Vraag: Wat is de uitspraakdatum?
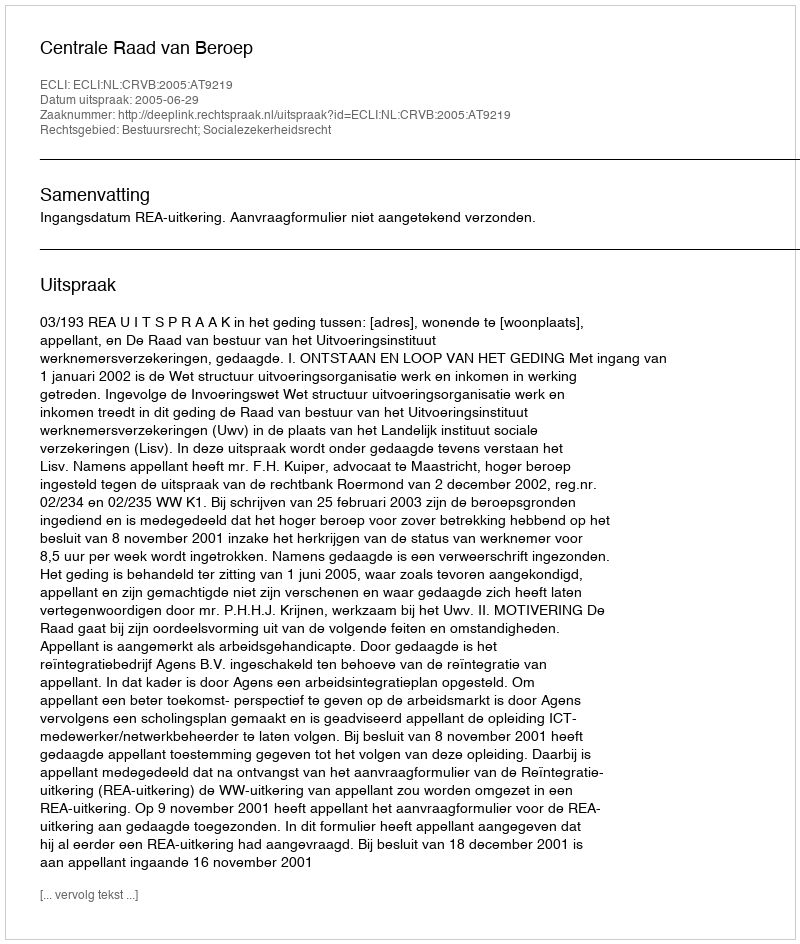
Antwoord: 2005-06-29